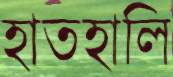
হাতহালি